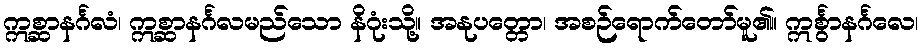
ဣစ္ဆာနင်္ဂလံ၊ ဣစ္ဆာနင်္ဂလမည်သော နိဂုံးသို့။ အနုပတ္တော၊ အစဉ်ရောက်တော်မူ၏။ ဣင်္စွာနင်္ဂလေ၊